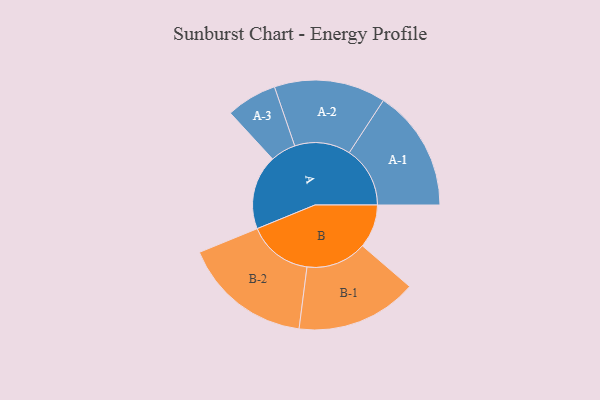
{"axis": {"x": "Segment", "y": "Value"}, "legend": ["", "A", "B"], "data": [{"x": "A", "y": 311, "type": ""}, {"x": "B", "y": 182, "type": ""}, {"x": "A-1", "y": 254, "type": "A"}, {"x": "A-2", "y": 233, "type": "A"}, {"x": "A-3", "y": 106, "type": "A"}, {"x": "B-1", "y": 253, "type": "B"}, {"x": "B-2", "y": 270, "type": "B"}]}